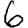
Digit: 6